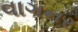
વાગનર